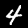
Digit: 4